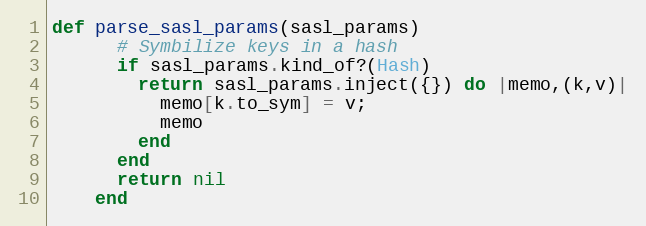
Language: Ruby
def parse_sasl_params(sasl_params)
      # Symbilize keys in a hash
      if sasl_params.kind_of?(Hash)
        return sasl_params.inject({}) do |memo,(k,v)|
          memo[k.to_sym] = v;
          memo
        end
      end
      return nil
    end